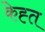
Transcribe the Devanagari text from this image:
केह्त